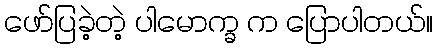
ဖော်ပြခဲ့တဲ့ ပါမောက္ခ က ပြောပါတယ်။